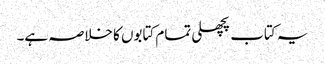
یہ کتاب پچھلی تمام کتابوں کا خلاصہ ہے۔